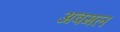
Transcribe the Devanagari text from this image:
अवमल